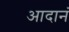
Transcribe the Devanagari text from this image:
आदानं